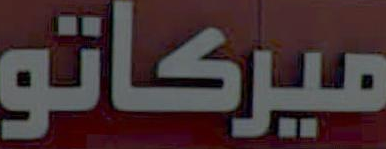
ميركاتو